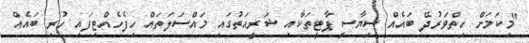
"މިކަމަށް ހިތްވަރުދޭ ބައެއް ސިޔާސީ ޕާޓީތަކާއި ޝަރީއަތުގައި މައްސަލަތައް ހިފެހެއްޓިފައި ހުރި ބައެއް